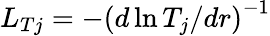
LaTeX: L_{Tj}=-\left(d\ln T_{j}/dr\right)^{-1}